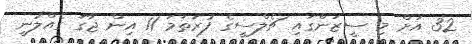
32 އަށް މި ސީޒަންގައި ޗެލްސީގެ ފުރަތަމަ 11 އިން ޖާގަ ގެއްލުނީ